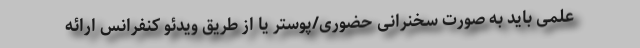
علمی باید به صورت سخنرانی حضوری/پوستر یا از طریق ویدئو کنفرانس ارائه